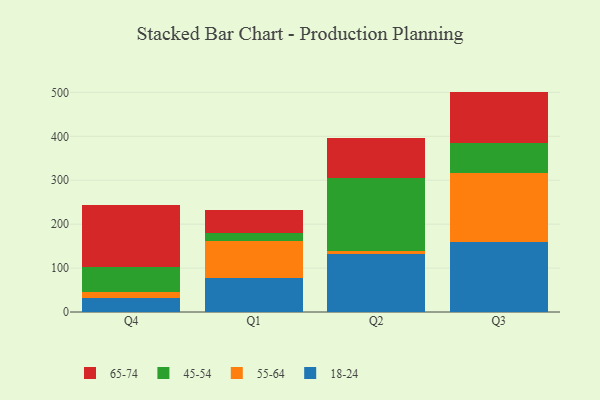
{"axis": {"x": "Quarter", "y": "Churn Rate (%)"}, "legend": ["18-24", "45-54", "55-64", "65-74"], "data": [{"x": "Q4", "y": 32.4, "type": "18-24"}, {"x": "Q4", "y": 13.3, "type": "55-64"}, {"x": "Q4", "y": 56.4, "type": "45-54"}, {"x": "Q4", "y": 142.1, "type": "65-74"}, {"x": "Q1", "y": 76.8, "type": "18-24"}, {"x": "Q1", "y": 85.2, "type": "55-64"}, {"x": "Q1", "y": 17.5, "type": "45-54"}, {"x": "Q1", "y": 53.1, "type": "65-74"}, {"x": "Q2", "y": 132.9, "type": "18-24"}, {"x": "Q2", "y": 6.4, "type": "55-64"}, {"x": "Q2", "y": 166.1, "type": "45-54"}, {"x": "Q2", "y": 90.0, "type": "65-74"}, {"x": "Q3", "y": 159.7, "type": "18-24"}, {"x": "Q3", "y": 155.9, "type": "55-64"}, {"x": "Q3", "y": 68.5, "type": "45-54"}, {"x": "Q3", "y": 117.7, "type": "65-74"}]}